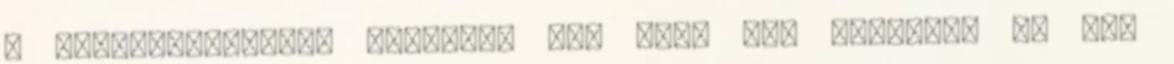
a hitperpigmentek egymáson is. csak nem akartak, és nem